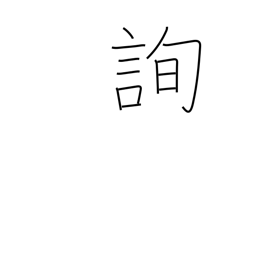
Meaning: consult with